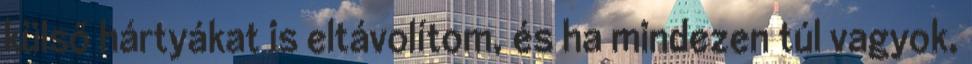
külső hártyákat is eltávolítom, és ha mindezen túl vagyok,